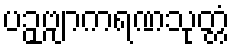
ပဉှဗျာကရဏသုတ္တံ